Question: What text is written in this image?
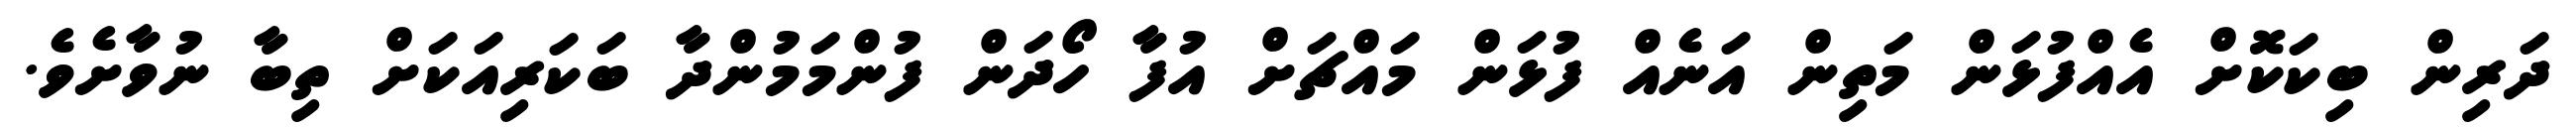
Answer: ދަރިން ބިކަކޮށް އެއްފުޅަން މަތިން އަނެއް ފުޅަން މައްޗަށް އުފާ ހޯދަން ފުންމަމުންދާ ބަކަރިއަކަށް ތިބާ ނުވާށެވެ.